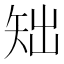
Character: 䂐